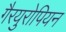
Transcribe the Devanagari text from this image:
गैरयुरोपियन